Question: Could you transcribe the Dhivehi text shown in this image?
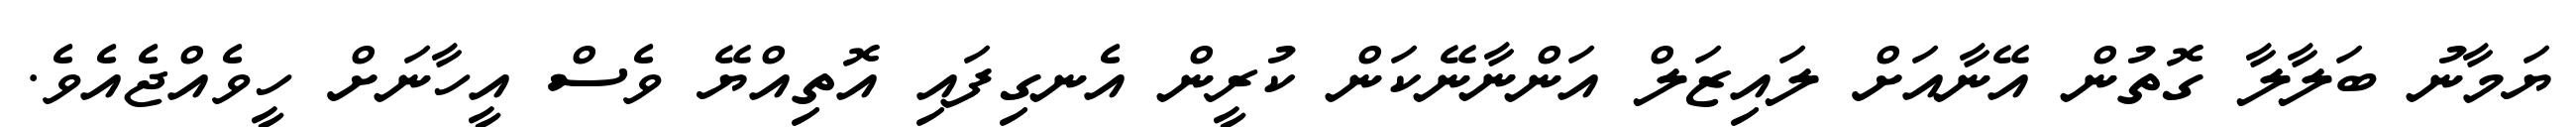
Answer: ޔަމާނު ބަލާލާ ގޮތުން އޭނާއަށް ލައިޒަލް އަންނާނޭކަން ކުރީން އެނގިފައި އޮތިއްޔޭ ވެސް އީހާނަށް ހީވެއްޖެއެވެ.